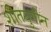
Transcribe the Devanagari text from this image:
शीतयुगीन